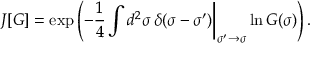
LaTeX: J [ G ] = \exp \left( - \frac { 1 } { 4 } \int d ^ { 2 } \sigma \, \delta ( \sigma - \sigma ^ { \prime } ) \biggr | _ { \sigma ^ { \prime } \rightarrow \sigma } \ln G ( \sigma ) \right) .